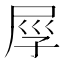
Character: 𡱟